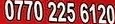
0770 225 6120